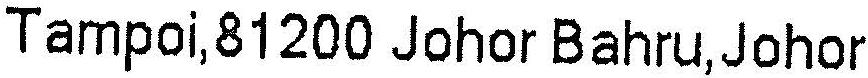
TAMPOI,81200 JOHOR BAHRU,JOHOR